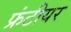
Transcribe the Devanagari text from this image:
फ्रंटीयर